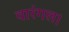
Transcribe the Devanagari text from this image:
वारंगल।